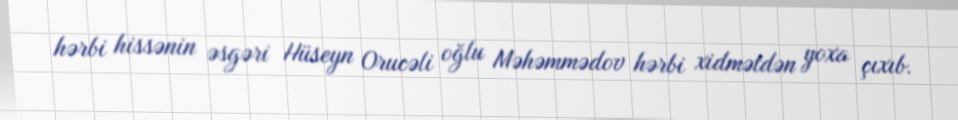
hərbi hissənin əsgəri Hüseyn Orucəli oğlu Məhəmmədov hərbi xidmətdən yoxa çıxıb.